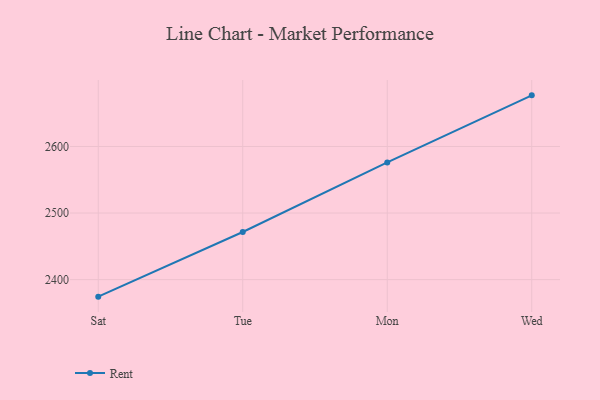
{"axis": {"x": "Day", "y": "Headcount"}, "legend": ["Rent"], "data": [{"x": "Sat", "y": 2374.4, "type": "Rent"}, {"x": "Tue", "y": 2471.5, "type": "Rent"}, {"x": "Mon", "y": 2576.1, "type": "Rent"}, {"x": "Wed", "y": 2676.8, "type": "Rent"}]}